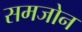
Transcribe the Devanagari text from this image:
समजोन